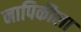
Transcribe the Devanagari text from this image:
नापिकीला